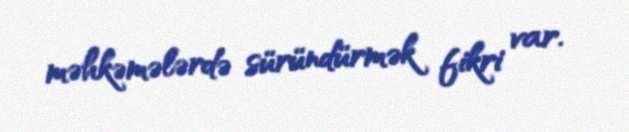
məhkəmələrdə süründürmək fikri var.